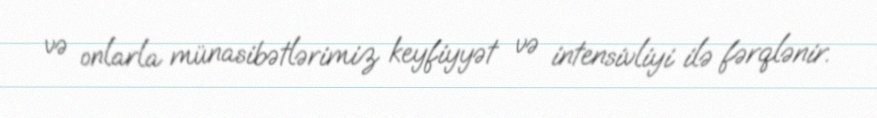
və onlarla münasibətlərimiz keyfiyyət və intensivliyi ilə fərqlənir.